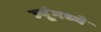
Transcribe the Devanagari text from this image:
ज्यूंमध्ये